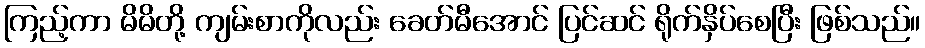
ကြည့်ကာ မိမိတို့ ကျမ်းစာကိုလည်း ခေတ်မီအောင် ပြင်ဆင် ရိုက်နှိပ်စေပြီး ဖြစ်သည်။